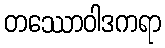
တဿောဝါဒကရာ